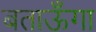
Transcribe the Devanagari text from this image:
बताऊँगा